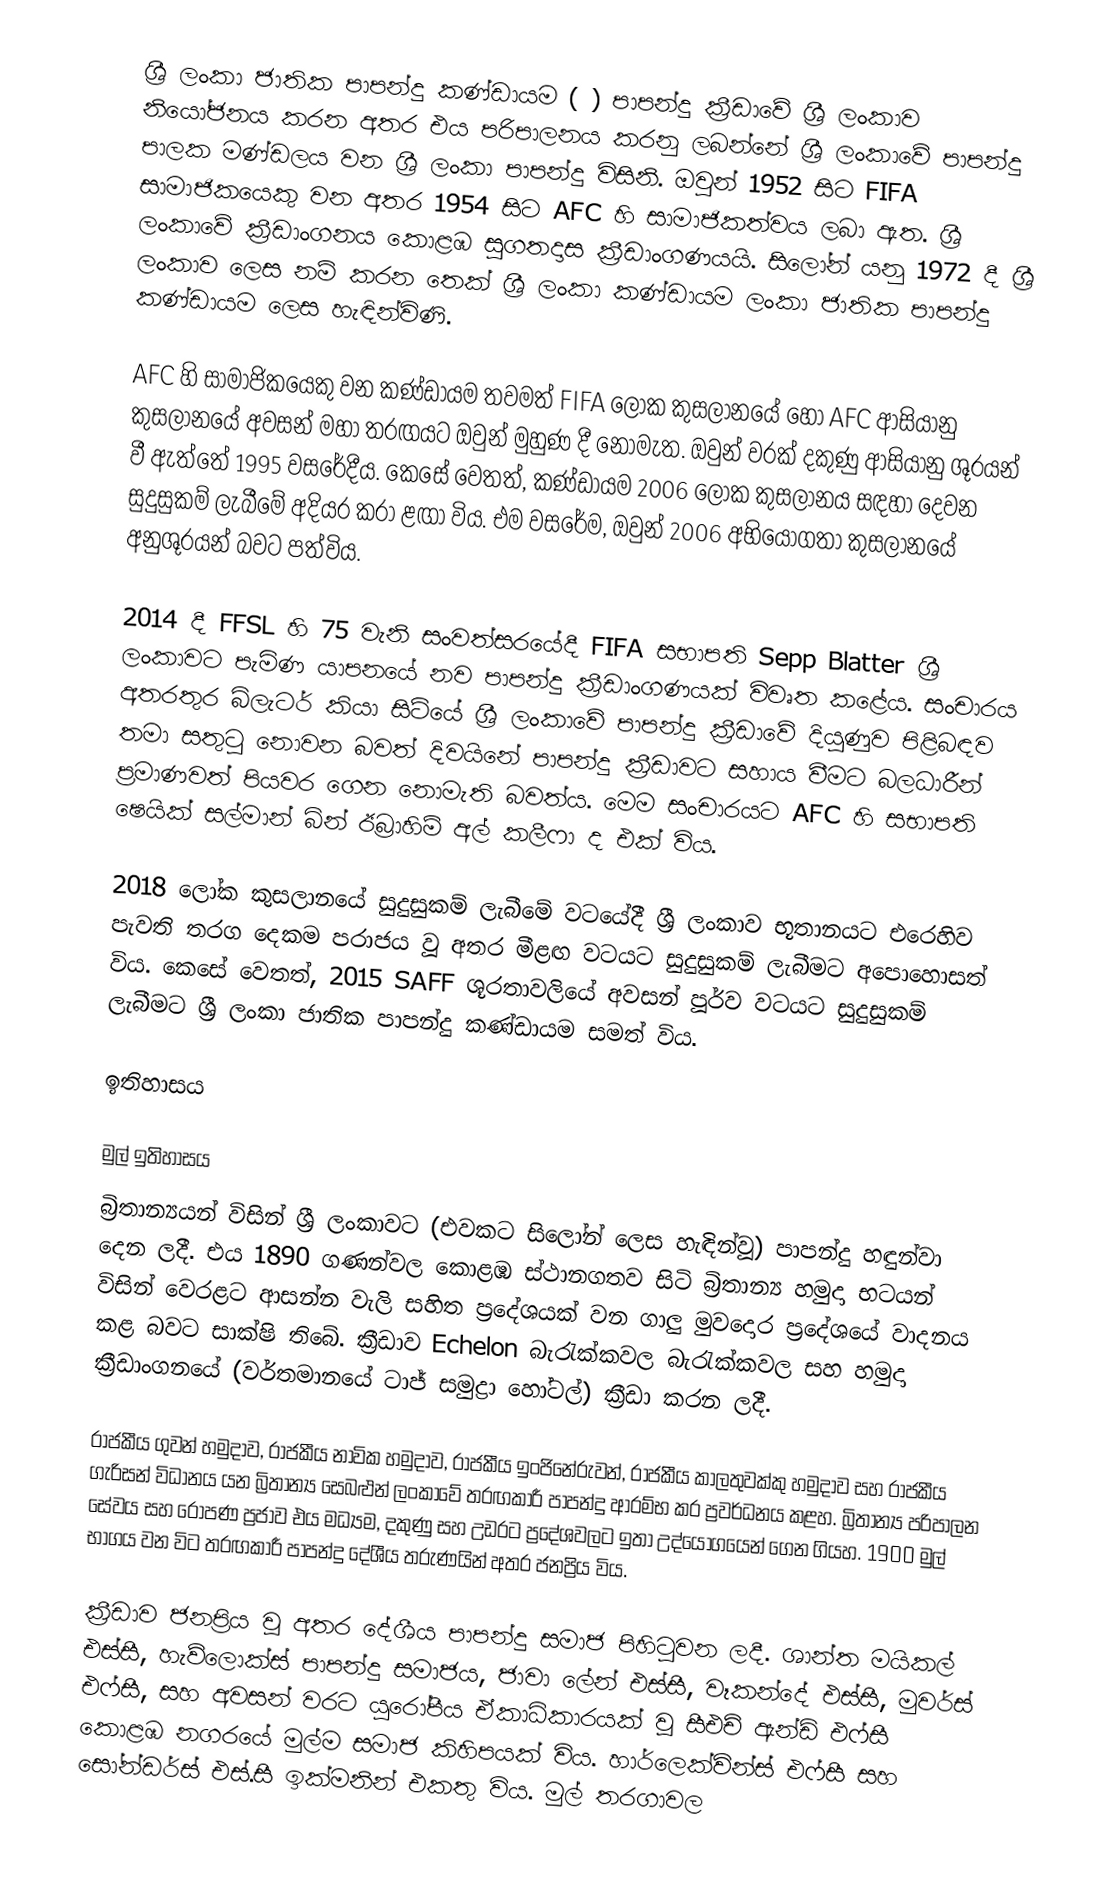
ශ්‍රී ලංකා ජාතික පාපන්දු කණ්ඩායම (   ) පාපන්දු ක්‍රීඩාවේ ශ්‍රී ලංකාව නියෝජනය කරන අතර එය පරිපාලනය කරනු ලබන්නේ ශ්‍රී ලංකාවේ පාපන්දු පාලක මණ්ඩලය වන ශ්‍රී ලංකා පාපන්දු විසිනි. ඔවුන් 1952 සිට FIFA සාමාජිකයෙකු වන අතර 1954 සිට AFC හි සාමාජිකත්වය ලබා ඇත. ශ්‍රී ලංකාවේ ක්‍රීඩාංගනය කොළඹ සුගතදාස ක්‍රීඩාංගණයයි. සිලෝන් යනු  1972 දී ශ්‍රී ලංකාව ලෙස නම් කරන තෙක් ශ්‍රී ලංකා කණ්ඩායම ලංකා ජාතික පාපන්දු කණ්ඩායම ලෙස හැඳින්විණි.

AFC හි සාමාජිකයෙකු වන කණ්ඩායම තවමත් FIFA ලෝක කුසලානයේ හෝ AFC ආසියානු කුසලානයේ අවසන් මහා තරඟයට ඔවුන් මුහුණ දී නොමැත. ඔවුන් වරක් දකුණු ආසියානු ශූරයන් වී ඇත්තේ 1995 වසරේදීය. කෙසේ වෙතත්, කණ්ඩායම 2006 ලෝක කුසලානය සඳහා දෙවන සුදුසුකම් ලැබීමේ අදියර කරා ළඟා විය. එම වසරේම, ඔවුන් 2006 අභියෝගතා කුසලානයේ අනුශූරයන් බවට පත්විය.

2014 දී FFSL හි 75 වැනි සංවත්සරයේදී FIFA සභාපති Sepp Blatter ශ්‍රී ලංකාවට පැමිණ යාපනයේ නව පාපන්දු ක්‍රීඩාංගණයක් විවෘත කළේය. සංචාරය අතරතුර බ්ලැටර් කියා සිටියේ ශ්‍රී ලංකාවේ පාපන්දු ක්‍රීඩාවේ දියුණුව පිළිබඳව තමා සතුටු නොවන බවත් දිවයිනේ පාපන්දු ක්‍රීඩාවට සහාය වීමට බලධාරීන් ප්‍රමාණවත් පියවර ගෙන නොමැති බවත්ය. මෙම සංචාරයට AFC හි සභාපති ෂෙයික් සල්මාන් බින් ඊබ්‍රාහිම් අල් කලීෆා ද එක් විය.

2018 ලෝක කුසලානයේ සුදුසුකම් ලැබීමේ වටයේදී ශ්‍රී ලංකාව භූතානයට එරෙහිව පැවති තරග දෙකම පරාජය වූ අතර මීළඟ වටයට සුදුසුකම් ලැබීමට අපොහොසත් විය. කෙසේ වෙතත්, 2015 SAFF ශූරතාවලියේ අවසන් පූර්ව වටයට සුදුසුකම් ලැබීමට ශ්‍රී ලංකා ජාතික පාපන්දු කණ්ඩායම සමත් විය.

ඉතිහාසය

මුල් ඉතිහාසය
බ්‍රිතාන්‍යයන් විසින් ශ්‍රී ලංකාවට (එවකට සිලෝන් ලෙස හැඳින්වූ) පාපන්දු හඳුන්වා දෙන ලදී. එය 1890 ගණන්වල කොළඹ ස්ථානගතව සිටි බ්‍රිතාන්‍ය හමුදා භටයන් විසින් වෙරළට ආසන්න වැලි සහිත ප්‍රදේශයක් වන ගාලු මුවදොර ප්‍රදේශයේ වාදනය කළ බවට සාක්ෂි තිබේ. ක්‍රීඩාව Echelon බැරැක්කවල බැරැක්කවල සහ හමුදා ක්‍රීඩාංගනයේ (වර්තමානයේ ටාජ් සමුද්‍රා හෝටල්) ක්‍රීඩා කරන ලදී.

රාජකීය ගුවන් හමුදාව, රාජකීය නාවික හමුදාව, රාජකීය ඉංජිනේරුවන්, රාජකීය කාලතුවක්කු හමුදාව සහ රාජකීය ගැරිසන් විධානය යන බ්‍රිතාන්‍ය සෙබළුන් ලංකාවේ තරඟකාරී පාපන්දු ආරම්භ කර ප්‍රවර්ධනය කළහ. බ්‍රිතාන්‍ය පරිපාලන සේවය සහ රෝපණ ප්‍රජාව එය මධ්‍යම, දකුණු සහ උඩරට ප්‍රදේශවලට ඉතා උද්යෝගයෙන් ගෙන ගියහ. 1900 මුල් භාගය වන විට තරඟකාරී පාපන්දු දේශීය තරුණයින් අතර ජනප්‍රිය විය.

ක්‍රීඩාව ජනප්‍රිය වූ අතර දේශීය පාපන්දු සමාජ පිහිටුවන ලදී. ශාන්ත මයිකල් එස්සී, හැව්ලොක්ස් පාපන්දු සමාජය, ජාවා ලේන් එස්සී, වෑකන්දේ එස්සී, මුවර්ස් එෆ්සී, සහ අවසන් වරට යුරෝපීය ඒකාධිකාරයක් වූ සීඑච් ඇන්ඩ් එෆ්සී කොළඹ නගරයේ මුල්ම සමාජ කිහිපයක් විය. හාර්ලෙක්වින්ස් එෆ්සී සහ සෝන්ඩර්ස් එස්.සී ඉක්මනින් එකතු විය. මුල් තරගාවල